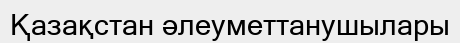
Қазақстан әлеуметтанушылары